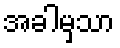
အခါမှသာ